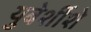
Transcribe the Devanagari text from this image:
युबेर्शीशे